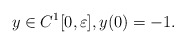
\begin{align*} y\in C^1[0,\varepsilon],y(0)=-1.\end{align*}